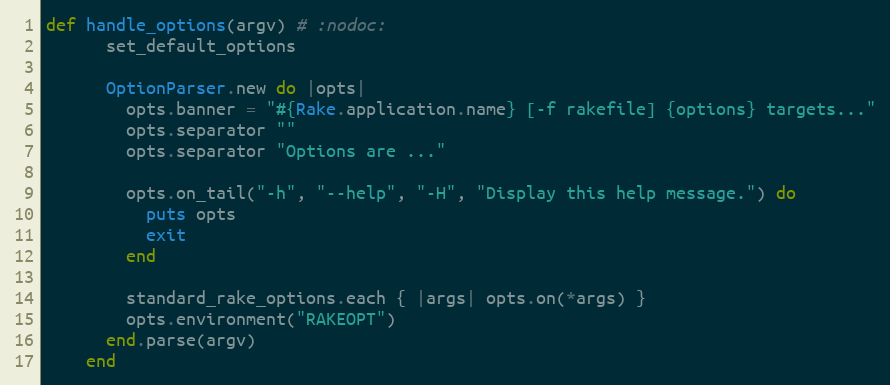
Language: Ruby
def handle_options(argv) # :nodoc:
      set_default_options

      OptionParser.new do |opts|
        opts.banner = "#{Rake.application.name} [-f rakefile] {options} targets..."
        opts.separator ""
        opts.separator "Options are ..."

        opts.on_tail("-h", "--help", "-H", "Display this help message.") do
          puts opts
          exit
        end

        standard_rake_options.each { |args| opts.on(*args) }
        opts.environment("RAKEOPT")
      end.parse(argv)
    end